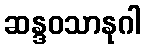
ဆန္ဒဝသာနုဂါ